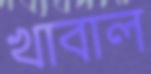
খাবাল